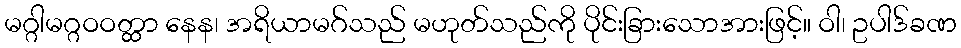
မဂ္ဂါမဂ္ဂဝဝတ္ထာ နေန၊ အရိယာမဂ်သည် မဟုတ်သည်ကို ပိုင်းခြားသောအားဖြင့်။ ဝါ၊ ဥပါဒ်ခဏ